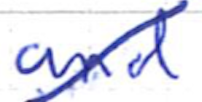
Text: and
Cross-out: mix
Writing tool: ballpoint